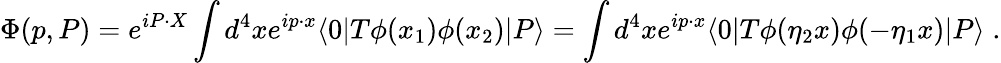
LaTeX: \Phi(p,P)=e^{iP\cdot X}\int d^{4}xe^{ip\cdot x}\langle 0|T\phi(x_{1})\phi(x_{2})|P\rangle=\int d^{4}xe^{ip\cdot x}\langle 0|T\phi(\eta_{2}x)\phi(-\eta_{1}x)|P\rangle\; .